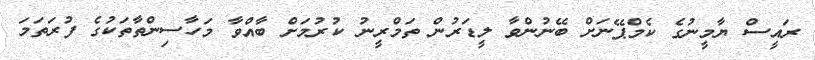
ރައީސް ޔާމީނުގެ ކެމްޕޭނަށް ބޭނުންވާ ލީޑަރުން ތަމްރީނު ކުރުމަށް ބާއްވާ މަހާސިންތާތަކުގެ ފުރަތަމަ